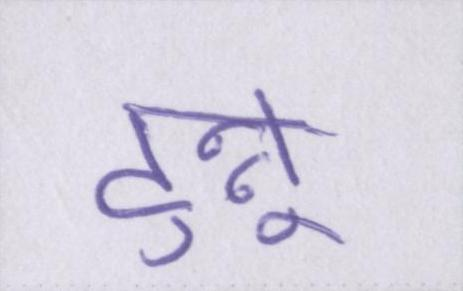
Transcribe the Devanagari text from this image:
टुन्नू